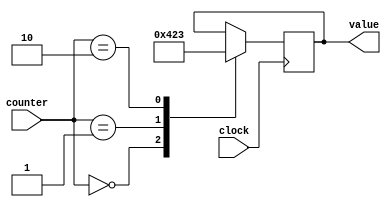
module Memory(clock, counter, value);

	input wire clock;
	input wire [2:0] counter;
	output reg [3:0] value;
	
	parameter A = 4;
	parameter C = 2;
	parameter D = 3;
	
	always @(posedge clock) begin
		case(counter)
			3'b000:
				value <= A;
			3'b001:
				value <= C;
			3'b010:
				value <= D;
		endcase
	end
	
endmodule